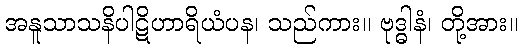
အနူသာသနိပါဋိဟာရိယံပန၊ သည်ကား။ ဗုဒ္ဓါနံ၊ တို့အား။